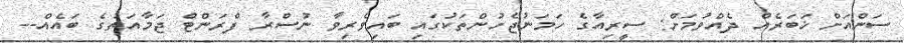
ސަންއަށް ޚަބަރެއް ދެއްވުމަށް: ސީރިއާގެ ހަމަނުޖެހުންތަކުގައި ބައިވެރިވާ ނުސްރާ ފްރަންޓް ޖަމާއަތުގެ ބައެއް--